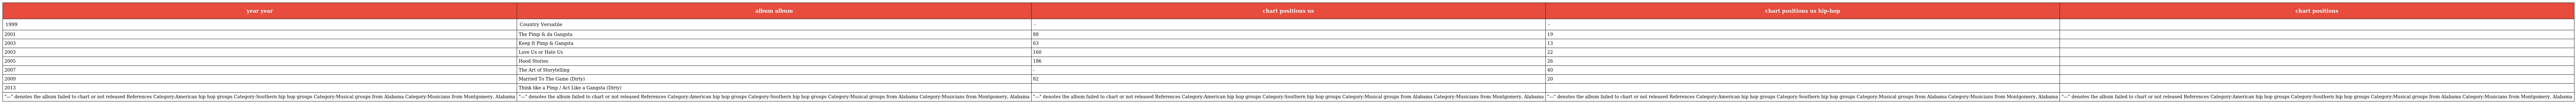
| year year | album album | chart positions us | chart positions us hip-hop | chart positions |
 | --- | --- | --- | --- | --- |
 | 1999 | Country Versatile | - | - |  |
 | 2001 | The Pimp & da Gangsta | 88 | 19 |  |
 | 2003 | Keep It Pimp & Gangsta | 63 | 13 |  |
 | 2003 | Love Us or Hate Us | 160 | 22 |  |
 | 2005 | Hood Stories | 186 | 26 |  |
 | 2007 | The Art of Storytelling | - | 40 |  |
 | 2009 | Married To The Game (Dirty) | 82 | 20 |  |
 | 2013 | Think like a Pimp / Act Like a Gangsta (Dirty) |  |  |  |
 | "—" denotes the album failed to chart or not released References Category:American hip hop groups Category:Southern hip hop groups Category:Musical groups from Alabama Category:Musicians from Montgomery, Alabama | "—" denotes the album failed to chart or not released References Category:American hip hop groups Category:Southern hip hop groups Category:Musical groups from Alabama Category:Musicians from Montgomery, Alabama | "—" denotes the album failed to chart or not released References Category:American hip hop groups Category:Southern hip hop groups Category:Musical groups from Alabama Category:Musicians from Montgomery, Alabama | "—" denotes the album failed to chart or not released References Category:American hip hop groups Category:Southern hip hop groups Category:Musical groups from Alabama Category:Musicians from Montgomery, Alabama | "—" denotes the album failed to chart or not released References Category:American hip hop groups Category:Southern hip hop groups Category:Musical groups from Alabama Category:Musicians from Montgomery, Alabama |